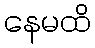
နေမထိ